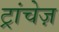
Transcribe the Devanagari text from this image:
ट्रांचेज़